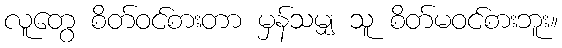
လူတွေ စိတ်ဝင်စားတာ မှန်သမျှ သူ စိတ်မဝင်စားဘူး။